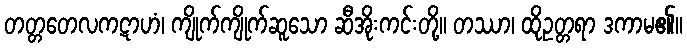
တတ္တတေလကဋာဟံ၊ ကျိုက်ကျိုက်ဆူသော ဆီအိုးကင်းတို့။ တဿာ၊ ထိုဥတ္တရာ ဒကာမ၏။